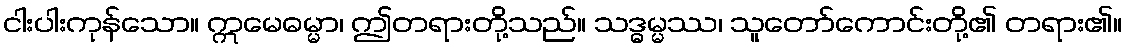
ငါးပါးကုန်သော။ ဣမေဓမ္မာ၊ ဤတရားတို့သည်။ သဒ္ဓမ္မဿ၊ သူတော်ကောင်းတို့၏ တရား၏။